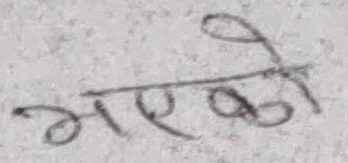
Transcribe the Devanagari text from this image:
भएको